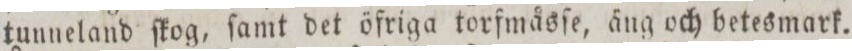
tunneland ſkog, ſamt det öfriga torfmåsſe, äng och betesmark.